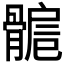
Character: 𩩾